Problem: 6 × 5 = ?
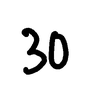
Handwritten answer: 30